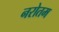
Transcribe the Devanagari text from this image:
नरोतम